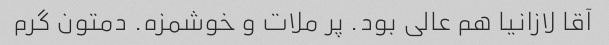
آقا لازانیا هم عالی بود. پر ملات و خوشمزه. دمتون گرم